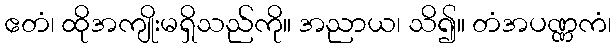
ဧတံ၊ ထိုအကျိုးမရှိသည်ကို။ အညာယ၊ သိ၍။ တံအပဏ္ဏကံ၊